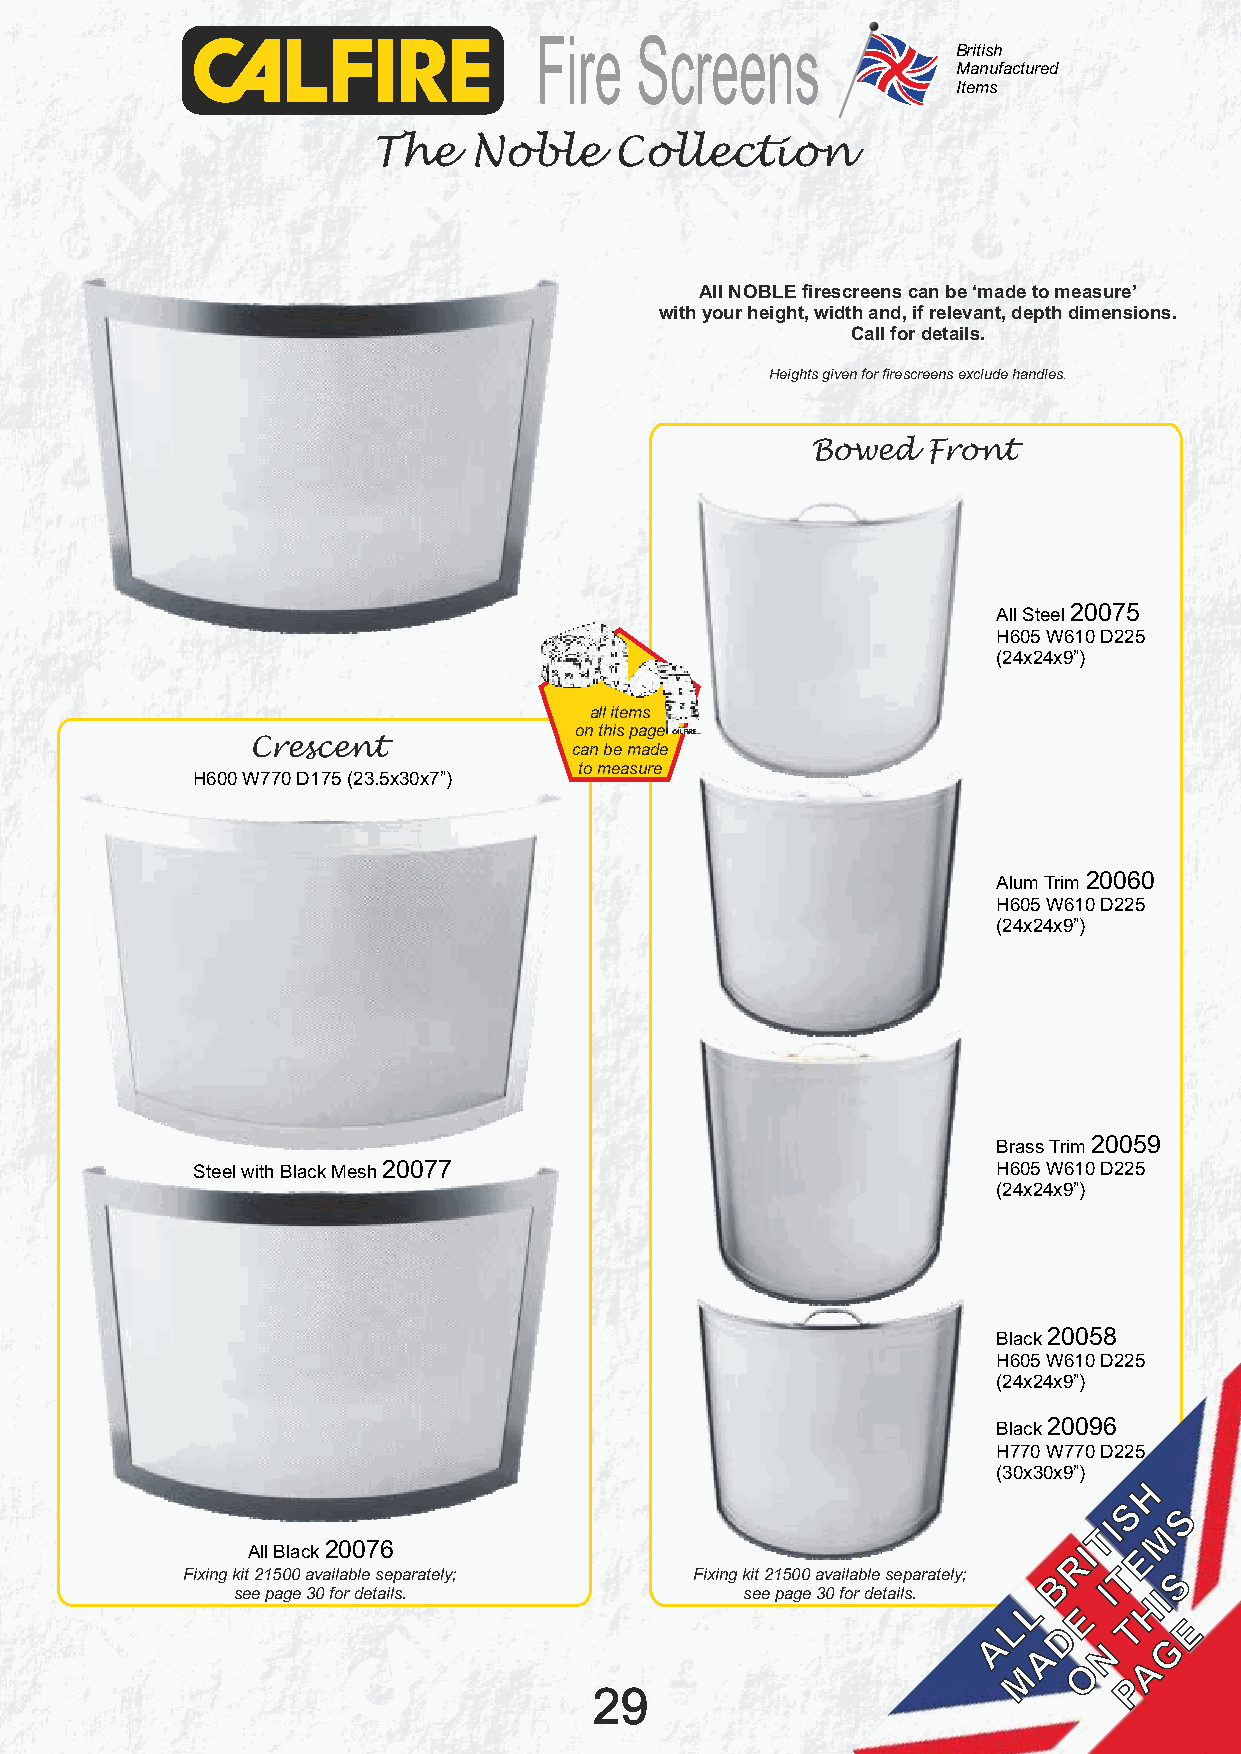
Fire   Screens
 British
 Manufactured
 Items
 The   Noble     Collection
 All NOBLE firescreens can be ‘made to measure’
 with your height, width and, if relevant, depth dimensions.
 Call for details.
 Heights given for firescreens exclude handles.
 Bowed  Front
 All Steel 20075
 H605 W610 D225
 (24x24x9”)
 all items
 on this page
 Crescent             can be made
 to measure
 H600 W770 D175 (23.5x30x7”)
 Alum Trim 20060
 H605 W610 D225
 (24x24x9”)
 Brass Trim 20059
 Steel with Black Mesh 20077                          H605 W610 D225
 (24x24x9”)
 Black 20058
 H605 W610 D225
 (24x24x9”)
 Black 20096
 H770 W770 D225
 (30x30x9”)
 H
 S   S
 TI  M
 All Black 20076                                        RI  E
 Fixing kit 21500 available separately; Fixing kit 21500 available separately; B T S
 see page 30 for details.          see page 30 for details.
 L
 I  HI
 E
 L      T   E
 D
 A   A   N   G
 M   O    A
 P
 29